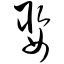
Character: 娶